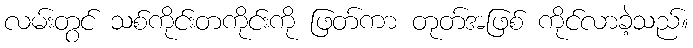
လမ်းတွင် သစ်ကိုင်းတကိုင်းကို ဖြတ်ကာ တုတ်အဖြစ် ကိုင်လာခဲ့သည်။